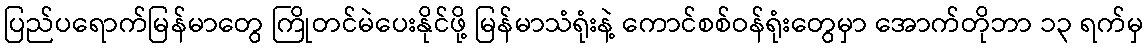
ပြည်ပရောက်မြန်မာတွေ ကြိုတင်မဲပေးနိုင်ဖို့ မြန်မာသံရုံးနဲ့ ကောင်စစ်ဝန်ရုံးတွေမှာ အောက်တိုဘာ ၁၃ ရက်မှ